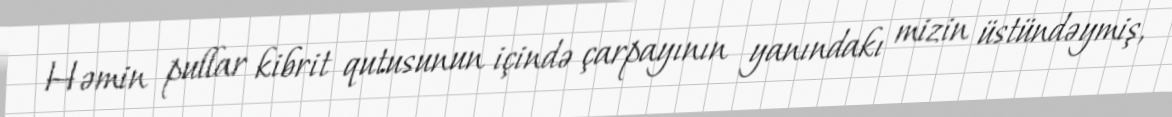
Həmin pullar kibrit qutusunun içində çarpayının yanındakı mizin üstündəymiş,